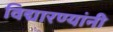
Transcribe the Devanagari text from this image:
विद्यारण्यांनी